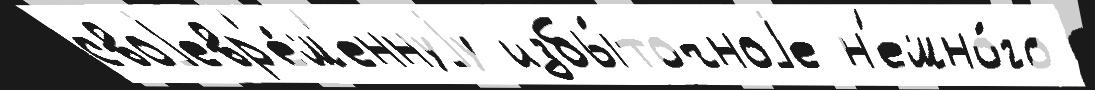
своjевр'е́м'еннуjу избы́точноjе н'емно́го